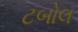
ટબોલ